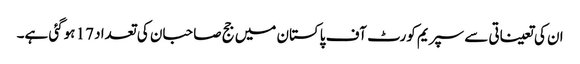
ان کی تعیناتی سے سپریم کورٹ آف پاکستان میں جج صاحبان کی تعداد 17 ہوگئی ہے۔